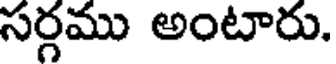
సర్గము అంటారు.